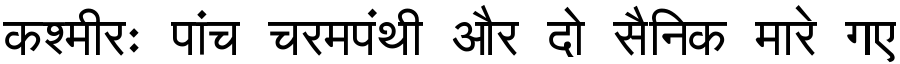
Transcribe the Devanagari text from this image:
कश्मीरः पांच चरमपंथी और दो सैनिक मारे गए